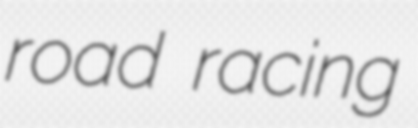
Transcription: road racing